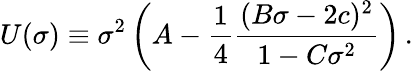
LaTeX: U(\sigma)\equiv\sigma^{2}\left(A-\frac 14{\frac{(B\sigma-2c)^{2}}{1-C\sigma^{2}}}\right)\, .